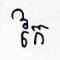
កៃ